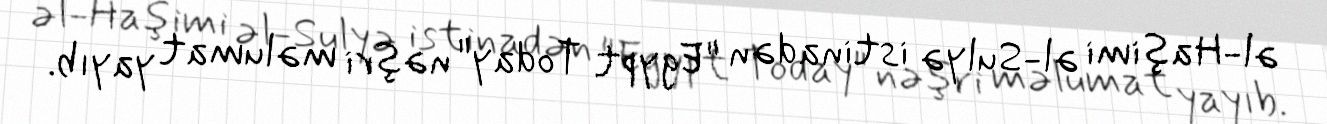
əl-Haşimi əl-Sulyə istinadən "Egypt Today" nəşri məlumat yayıb.